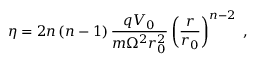
\eta = 2 n \left( n - 1 \right) \frac { q V _ { 0 } } { m \Omega ^ { 2 } r _ { 0 } ^ { 2 } } \left( \frac { r } { r _ { 0 } } \right) ^ { n - 2 } \; ,